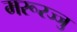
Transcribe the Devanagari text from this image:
मरूरज्जु